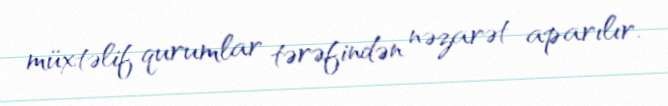
müxtəlif qurumlar tərəfindən nəzarət aparılır.